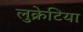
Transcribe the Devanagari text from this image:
लुक्रेटिया